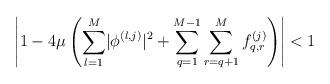
LaTeX: \begin{align*} \left\lvert 1-4 \mu\left(\sum_{l=1}^{M}\lvert\phi^{\left(l,j\right)}\rvert^2+\sum_{q=1}^{M-1}\sum_{r=q+1}^{M}f_{q,r}^{\left(j\right)}\right)\right\rvert<1\end{align*}